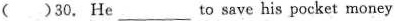
( )30.He_________to save his pocket money